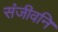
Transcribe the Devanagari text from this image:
संजीवनि